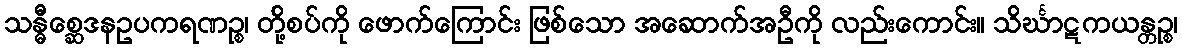
သန္ဓီစ္ဆေဒနဥပကရဏဉ္စ၊ တို့်စပ်ကို ဖောက်ကြောင်း ဖြစ်သော အဆောက်အဦကို လည်းကောင်း။ သိင်္ဃာဋကယန္တဉ္စ၊